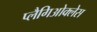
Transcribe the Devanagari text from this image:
प्लैगिओक्लेस